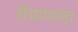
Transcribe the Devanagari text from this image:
रोपणयंत्र